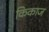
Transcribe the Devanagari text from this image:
किकाज